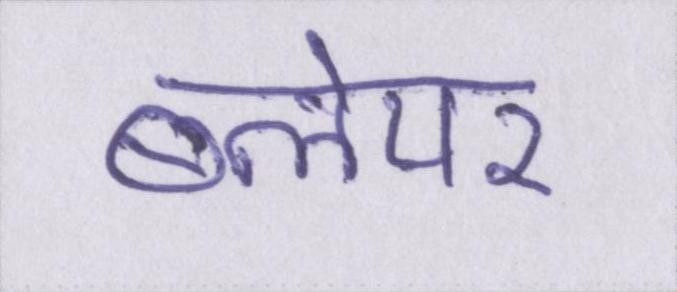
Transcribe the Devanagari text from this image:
ब्लेयर